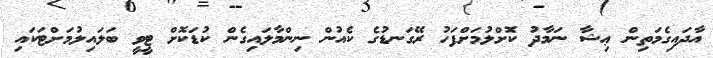
އާދައިގެމަތިން ޢިޝާ ނަމާދު ކޮށްލުމަށްފަހު ރޭގަނޑުގެ ކެއުން ނިންމާލައިގެން ކުޑަކޮށް ޓީވީ ބަލައިލުމަށްޓަކައި